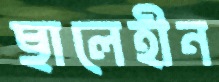
ছালেহীন